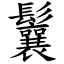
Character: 鬤